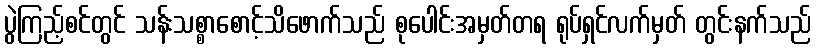
ပွဲကြည့်စင်တွင် သန်းသစ္စာစောင့်သိဖောက်သည် စုပေါင်းအမှတ်တရ ရုပ်ရှင်လက်မှတ် တွင်းနက်သည်